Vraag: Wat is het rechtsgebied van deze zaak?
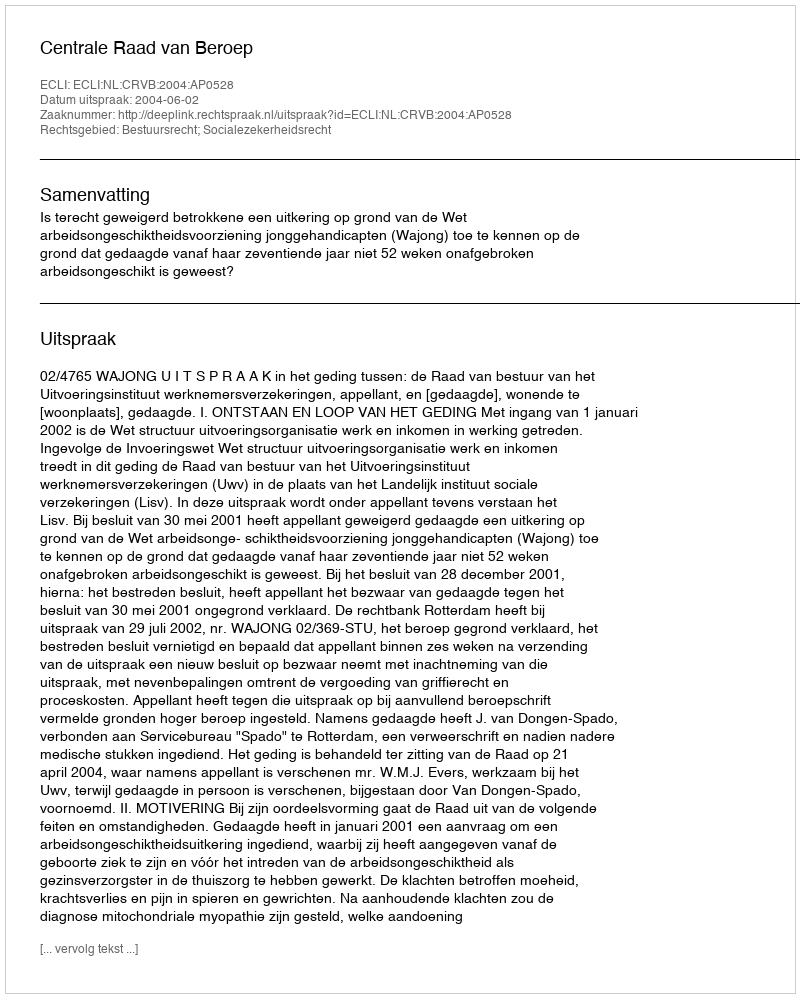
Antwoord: Bestuursrecht; Socialezekerheidsrecht